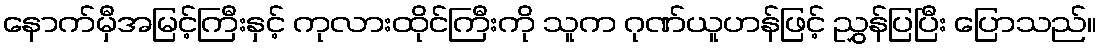
နောက်မှီအမြင့်ကြီးနှင့် ကုလားထိုင်ကြီးကို သူက ဂုဏ်ယူဟန်ဖြင့် ညွှန်ပြပြီး ပြောသည်။